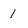
Character: 1